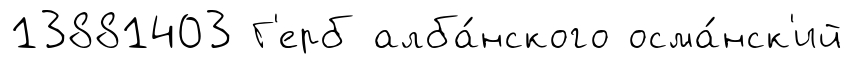
13881403 Г'ерб алба́нского осма́нск'ий